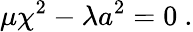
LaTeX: \mu\chi^{2}-\lambda a^{2}=0~.